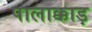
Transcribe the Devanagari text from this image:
पालाक्काड़